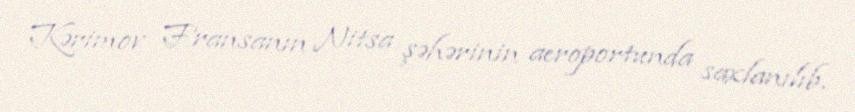
Kərimov Fransanın Nitsa şəhərinin aeroportunda saxlanılıb.